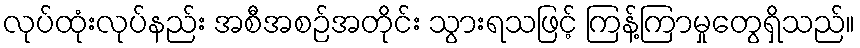
လုပ်ထုံးလုပ်နည်း အစီအစဉ်အတိုင်း သွားရသဖြင့် ကြန့်ကြာမှုတွေရှိသည်။